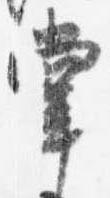
掌